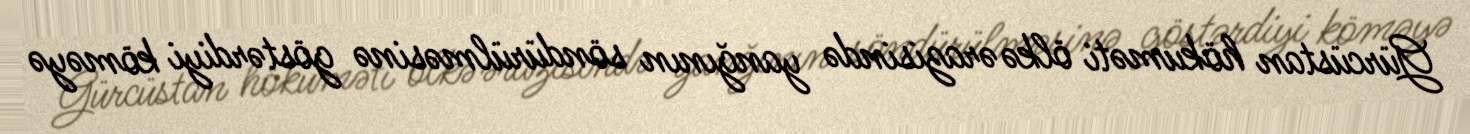
Gürcüstan hökuməti ölkə ərazisində yanğının söndürülməsinə göstərdiyi köməyə